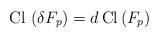
LaTeX: \begin{align*}{\rm Cl} \, \left( \delta F_p \right) = d \, {\rm Cl}\left( F_p \right)\end{align*}